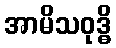
အာမိသဝုဒ္ဓိ